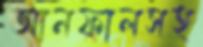
আনফালসহ